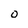
Character: o